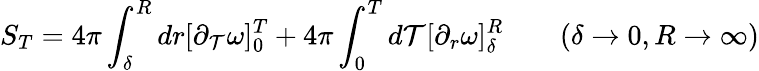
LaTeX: S_{T}=4\pi\int_{\delta}^{R}dr[\partial_{\mathcal{T}}\omega]_{0}^{T}+4\pi\int_{0}^{T}d\mathcal{T}[\partial_{r}\omega]_{\delta}^{R}\qquad(\delta\rightarrow0,R\rightarrow\infty)